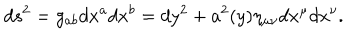
LaTeX: d s ^ { 2 } = g _ { a b } d x ^ { a } d x ^ { b } = d y ^ { 2 } + a ^ { 2 } ( y ) \eta _ { \mu \nu } d x ^ { \mu } d x ^ { \nu } .